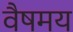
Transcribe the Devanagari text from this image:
वैषमय